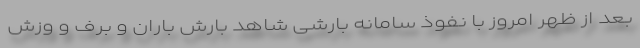
بعد از ظهر امروز با نفوذ سامانه بارشی شاهد بارش باران و برف و وزش